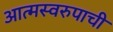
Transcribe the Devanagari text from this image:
आत्मस्वरुपाची